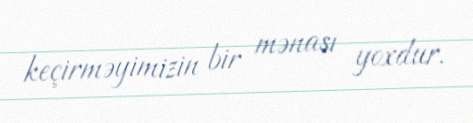
keçirməyimizin bir mənası yoxdur.